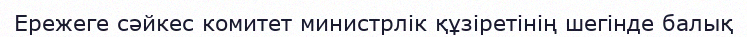
Ережеге сәйкес комитет министрлік құзіретінің шегінде балық